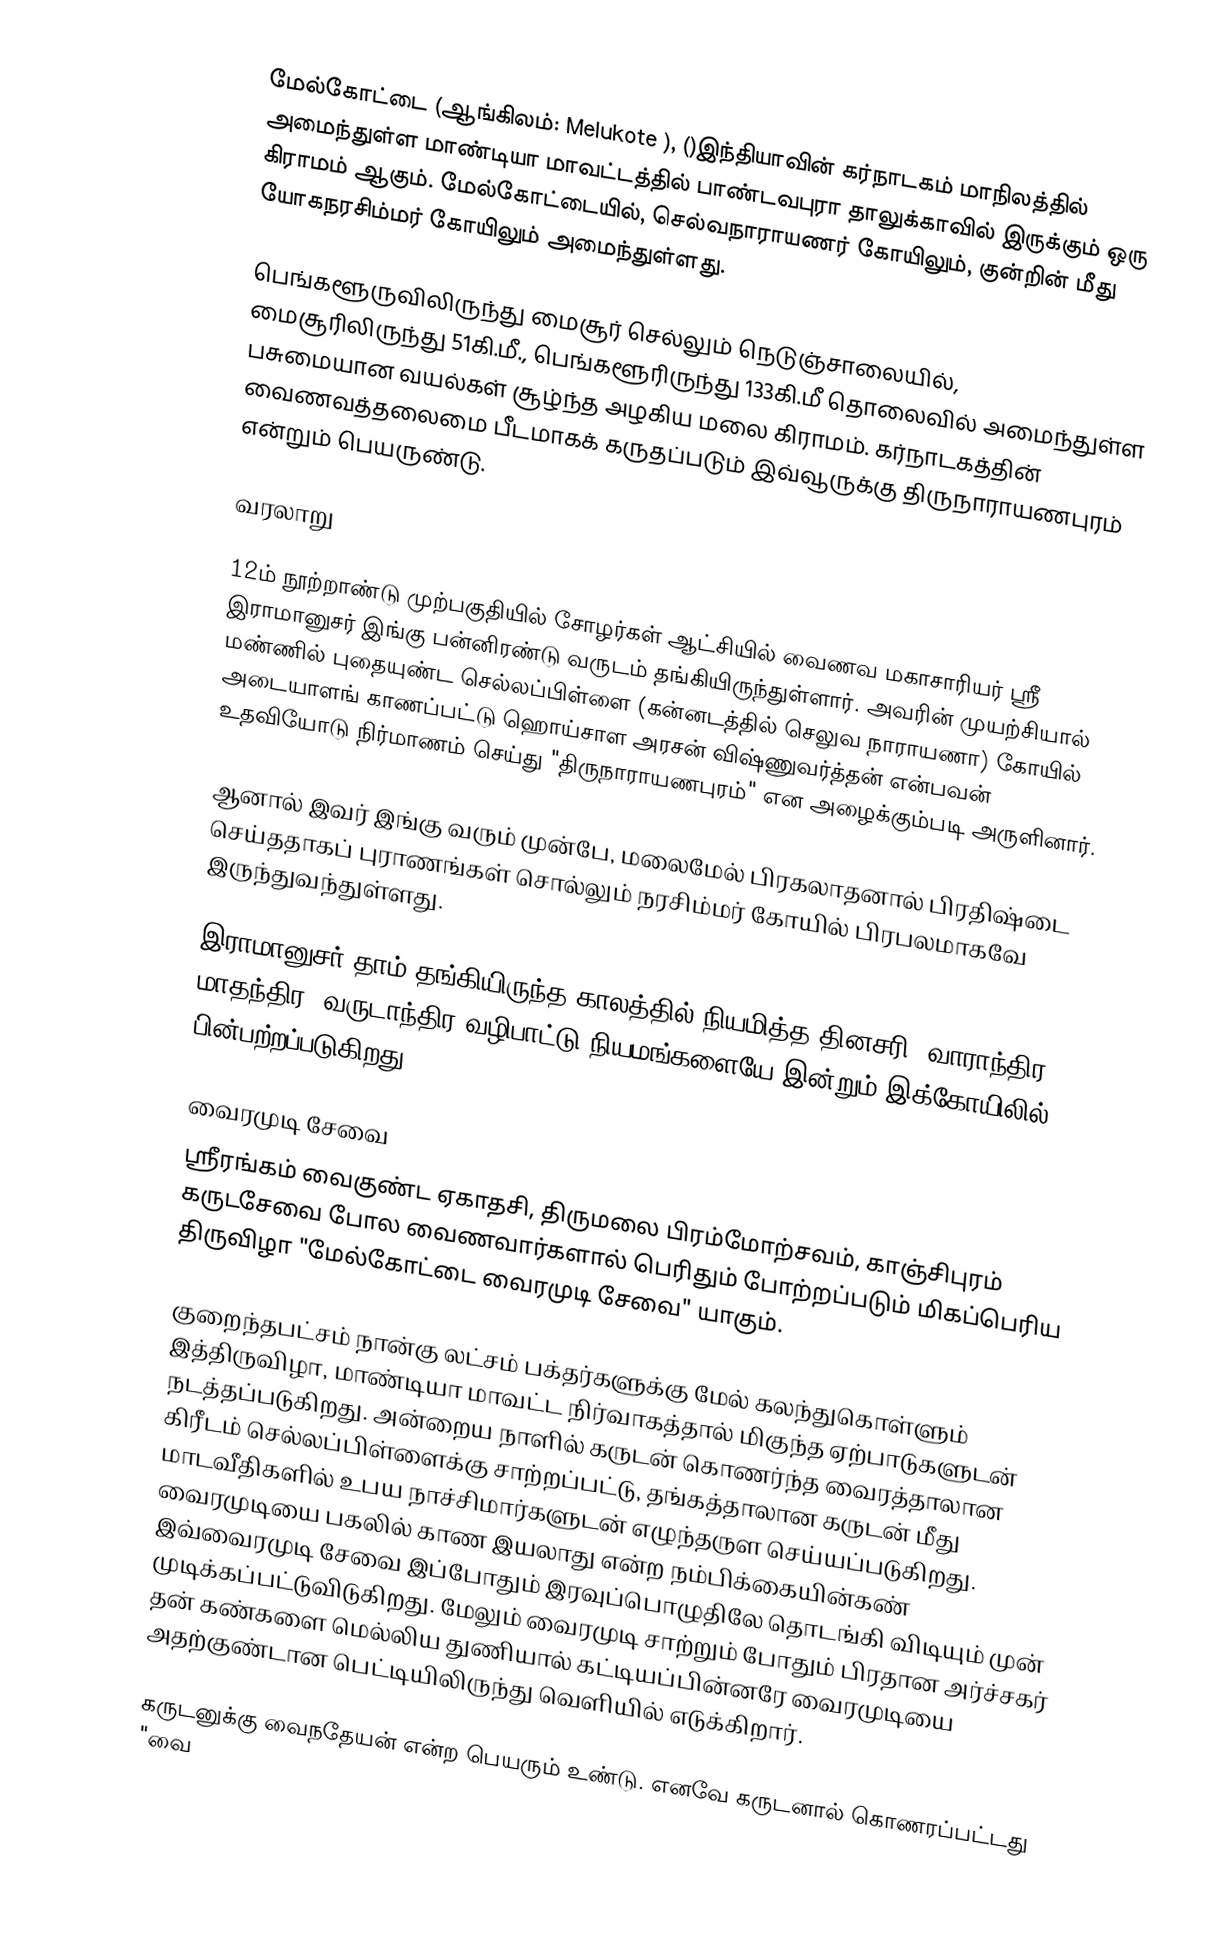
மேல்கோட்டை (ஆங்கிலம்: Melukote ), ()இந்தியாவின் கர்நாடகம் மாநிலத்தில் அமைந்துள்ள மாண்டியா மாவட்டத்தில் பாண்டவபுரா தாலுக்காவில் இருக்கும் ஒரு கிராமம் ஆகும். மேல்கோட்டையில்,  செல்வநாராயணர் கோயிலும், குன்றின் மீது யோகநரசிம்மர் கோயிலும் அமைந்துள்ளது.

பெங்களூருவிலிருந்து மைசூர் செல்லும் நெடுஞ்சாலையில், மைசூரிலிருந்து 51கி.மீ., பெங்களூரிருந்து 133கி.மீ தொலைவில் அமைந்துள்ள பசுமையான வயல்கள் சூழ்ந்த அழகிய மலை கிராமம். கர்நாடகத்தின் வைணவத்தலைமை பீடமாகக் கருதப்படும் இவ்வூருக்கு திருநாராயணபுரம் என்றும் பெயருண்டு.

வரலாறு

12ம் நூற்றாண்டு முற்பகுதியில் சோழர்கள் ஆட்சியில் வைணவ மகாசாரியர் ஸ்ரீ இராமானுசர் இங்கு பன்னிரண்டு வருடம் தங்கியிருந்துள்ளார். அவரின் முயற்சியால் மண்ணில் புதையுண்ட செல்லப்பிள்ளை (கன்னடத்தில் செலுவ நாராயணா) கோயில் அடையாளங் காணப்பட்டு ஹொய்சாள அரசன் விஷ்ணுவர்த்தன் என்பவன் உதவியோடு நிர்மாணம் செய்து "திருநாராயணபுரம்" என அழைக்கும்படி அருளினார்.

ஆனால் இவர் இங்கு வரும் முன்பே, மலைமேல் பிரகலாதனால் பிரதிஷ்டை செய்ததாகப் புராணங்கள் சொல்லும்  நரசிம்மர் கோயில் பிரபலமாகவே இருந்துவந்துள்ளது.

இராமானுசர் தாம் தங்கியிருந்த காலத்தில் நியமித்த தினசரி, வாராந்திர, மாதந்திர, வருடாந்திர வழிபாட்டு நியமங்களையே இன்றும் இக்கோயிலில் பின்பற்றப்படுகிறது.

வைரமுடி சேவை
ஸ்ரீரங்கம் வைகுண்ட ஏகாதசி, திருமலை பிரம்மோற்சவம், காஞ்சிபுரம் கருடசேவை போல வைணவார்களால் பெரிதும் போற்றப்படும் மிகப்பெரிய திருவிழா "மேல்கோட்டை வைரமுடி சேவை" யாகும்.

குறைந்தபட்சம் நான்கு லட்சம் பக்தர்களுக்கு மேல் கலந்துகொள்ளும் இத்திருவிழா, மாண்டியா மாவட்ட நிர்வாகத்தால் மிகுந்த ஏற்பாடுகளுடன் நடத்தப்படுகிறது. அன்றைய நாளில் கருடன் கொணர்ந்த வைரத்தாலான கிரீடம் செல்லப்பிள்ளைக்கு சாற்றப்பட்டு, தங்கத்தாலான கருடன் மீது மாடவீதிகளில் உபய நாச்சிமார்களுடன் எழுந்தருள செய்யப்படுகிறது. வைரமுடியை பகலில் காண இயலாது என்ற நம்பிக்கையின்கண் இவ்வைரமுடி சேவை இப்போதும் இரவுப்பொழுதிலே தொடங்கி விடியும் முன் முடிக்கப்பட்டுவிடுகிறது. மேலும் வைரமுடி சாற்றும் போதும் பிரதான அர்ச்சகர் தன் கண்களை மெல்லிய துணியால் கட்டியப்பின்னரே வைரமுடியை அதற்குண்டான பெட்டியிலிருந்து வெளியில் எடுக்கிறார்.

கருடனுக்கு வைநதேயன் என்ற பெயரும் உண்டு. எனவே கருடனால் கொணரப்பட்டது "வை